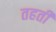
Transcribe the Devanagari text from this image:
तहती